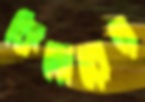
কিলারের